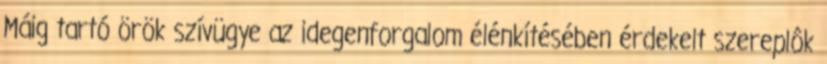
Máig tartó örök szívügye az idegenforgalom élénkítésében érdekelt szereplôk